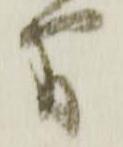
間